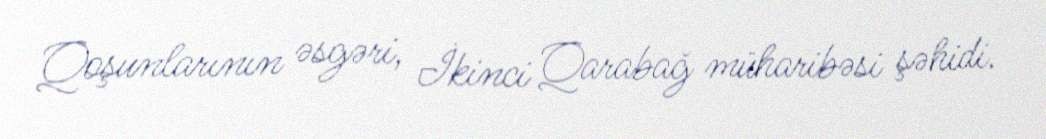
Qoşunlarının əsgəri, İkinci Qarabağ müharibəsi şəhidi.